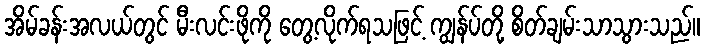
အိမ်ခန်းအလယ်တွင် မီးလင်းဖိုကို တွေ့လိုက်ရသဖြင့် ကျွန်ပ်တို့ စိတ်ချမ်းသာသွားသည်။